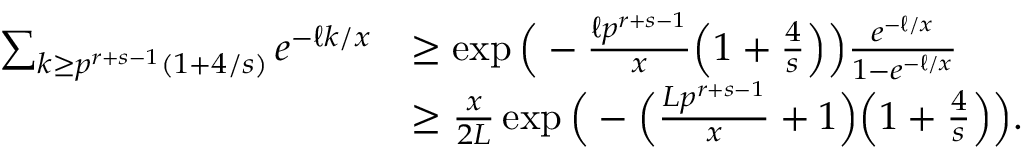
\begin{array} { r l } { \sum _ { k \geq p ^ { r + s - 1 } ( 1 + 4 / s ) } e ^ { - \ell k / x } } & { \geq \exp \Big ( - \frac { \ell p ^ { r + s - 1 } } { x } \Big ( 1 + \frac { 4 } { s } \Big ) \Big ) \frac { e ^ { - \ell / x } } { 1 - e ^ { - \ell / x } } } \\ & { \geq \frac { x } { 2 L } \exp \Big ( - \Big ( \frac { L p ^ { r + s - 1 } } { x } + 1 \Big ) \Big ( 1 + \frac { 4 } { s } \Big ) \Big ) . } \end{array}